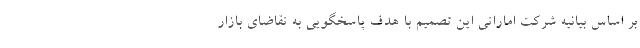
بر اساس بیانیه شرکت اماراتی این تصمیم با هدف پاسخگویی به تقاضای بازار